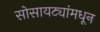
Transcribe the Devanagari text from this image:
सोसायट्यांमधून